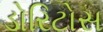
ડોરિટોસ